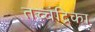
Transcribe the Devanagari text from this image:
तच्‍चंद्रिका